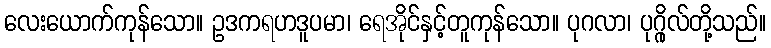
လေးယောက်ကုန်သော။ ဥဒကရဟဒူပမာ၊ ရေအိုင်နှင့်တူကုန်သော။ ပုဂလာ၊ ပုဂ္ဂိုလ်တို့သည်။